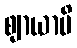
ဈာယာမိ